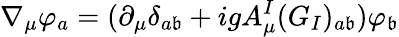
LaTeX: \nabla_{\mu}\varphi_{a}=(\partial_{\mu}\delta_{a\mathfrak{b}}+igA_{\mu}^{I}(G_{I})_{a\mathfrak{b}})\varphi_{\mathfrak{b}}